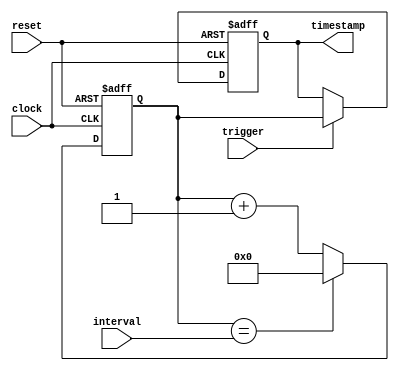
module TimingControlSynchronization (
    input wire clock,
    input wire reset,
    input wire trigger,
    input wire [7:0] interval,
    output reg [31:0] timestamp
);
  
reg [31:0] counter;

always @ (posedge clock or posedge reset) begin
    if (reset) begin
        timestamp <= 32'h00000000;
        counter <= 32'h00000000;
    end
    else begin
        if (trigger) begin
            timestamp <= counter;
        end
        if (counter == interval) begin
            counter <= 32'h00000000;
        end
        else begin
            counter <= counter + 1;
        end
    end
end

endmodule